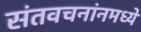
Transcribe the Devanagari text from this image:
संतवचनांनमध्ये